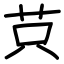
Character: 𦭜